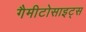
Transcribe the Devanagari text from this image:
गैमीटोसाइट्स